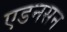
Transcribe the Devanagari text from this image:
एडनसन